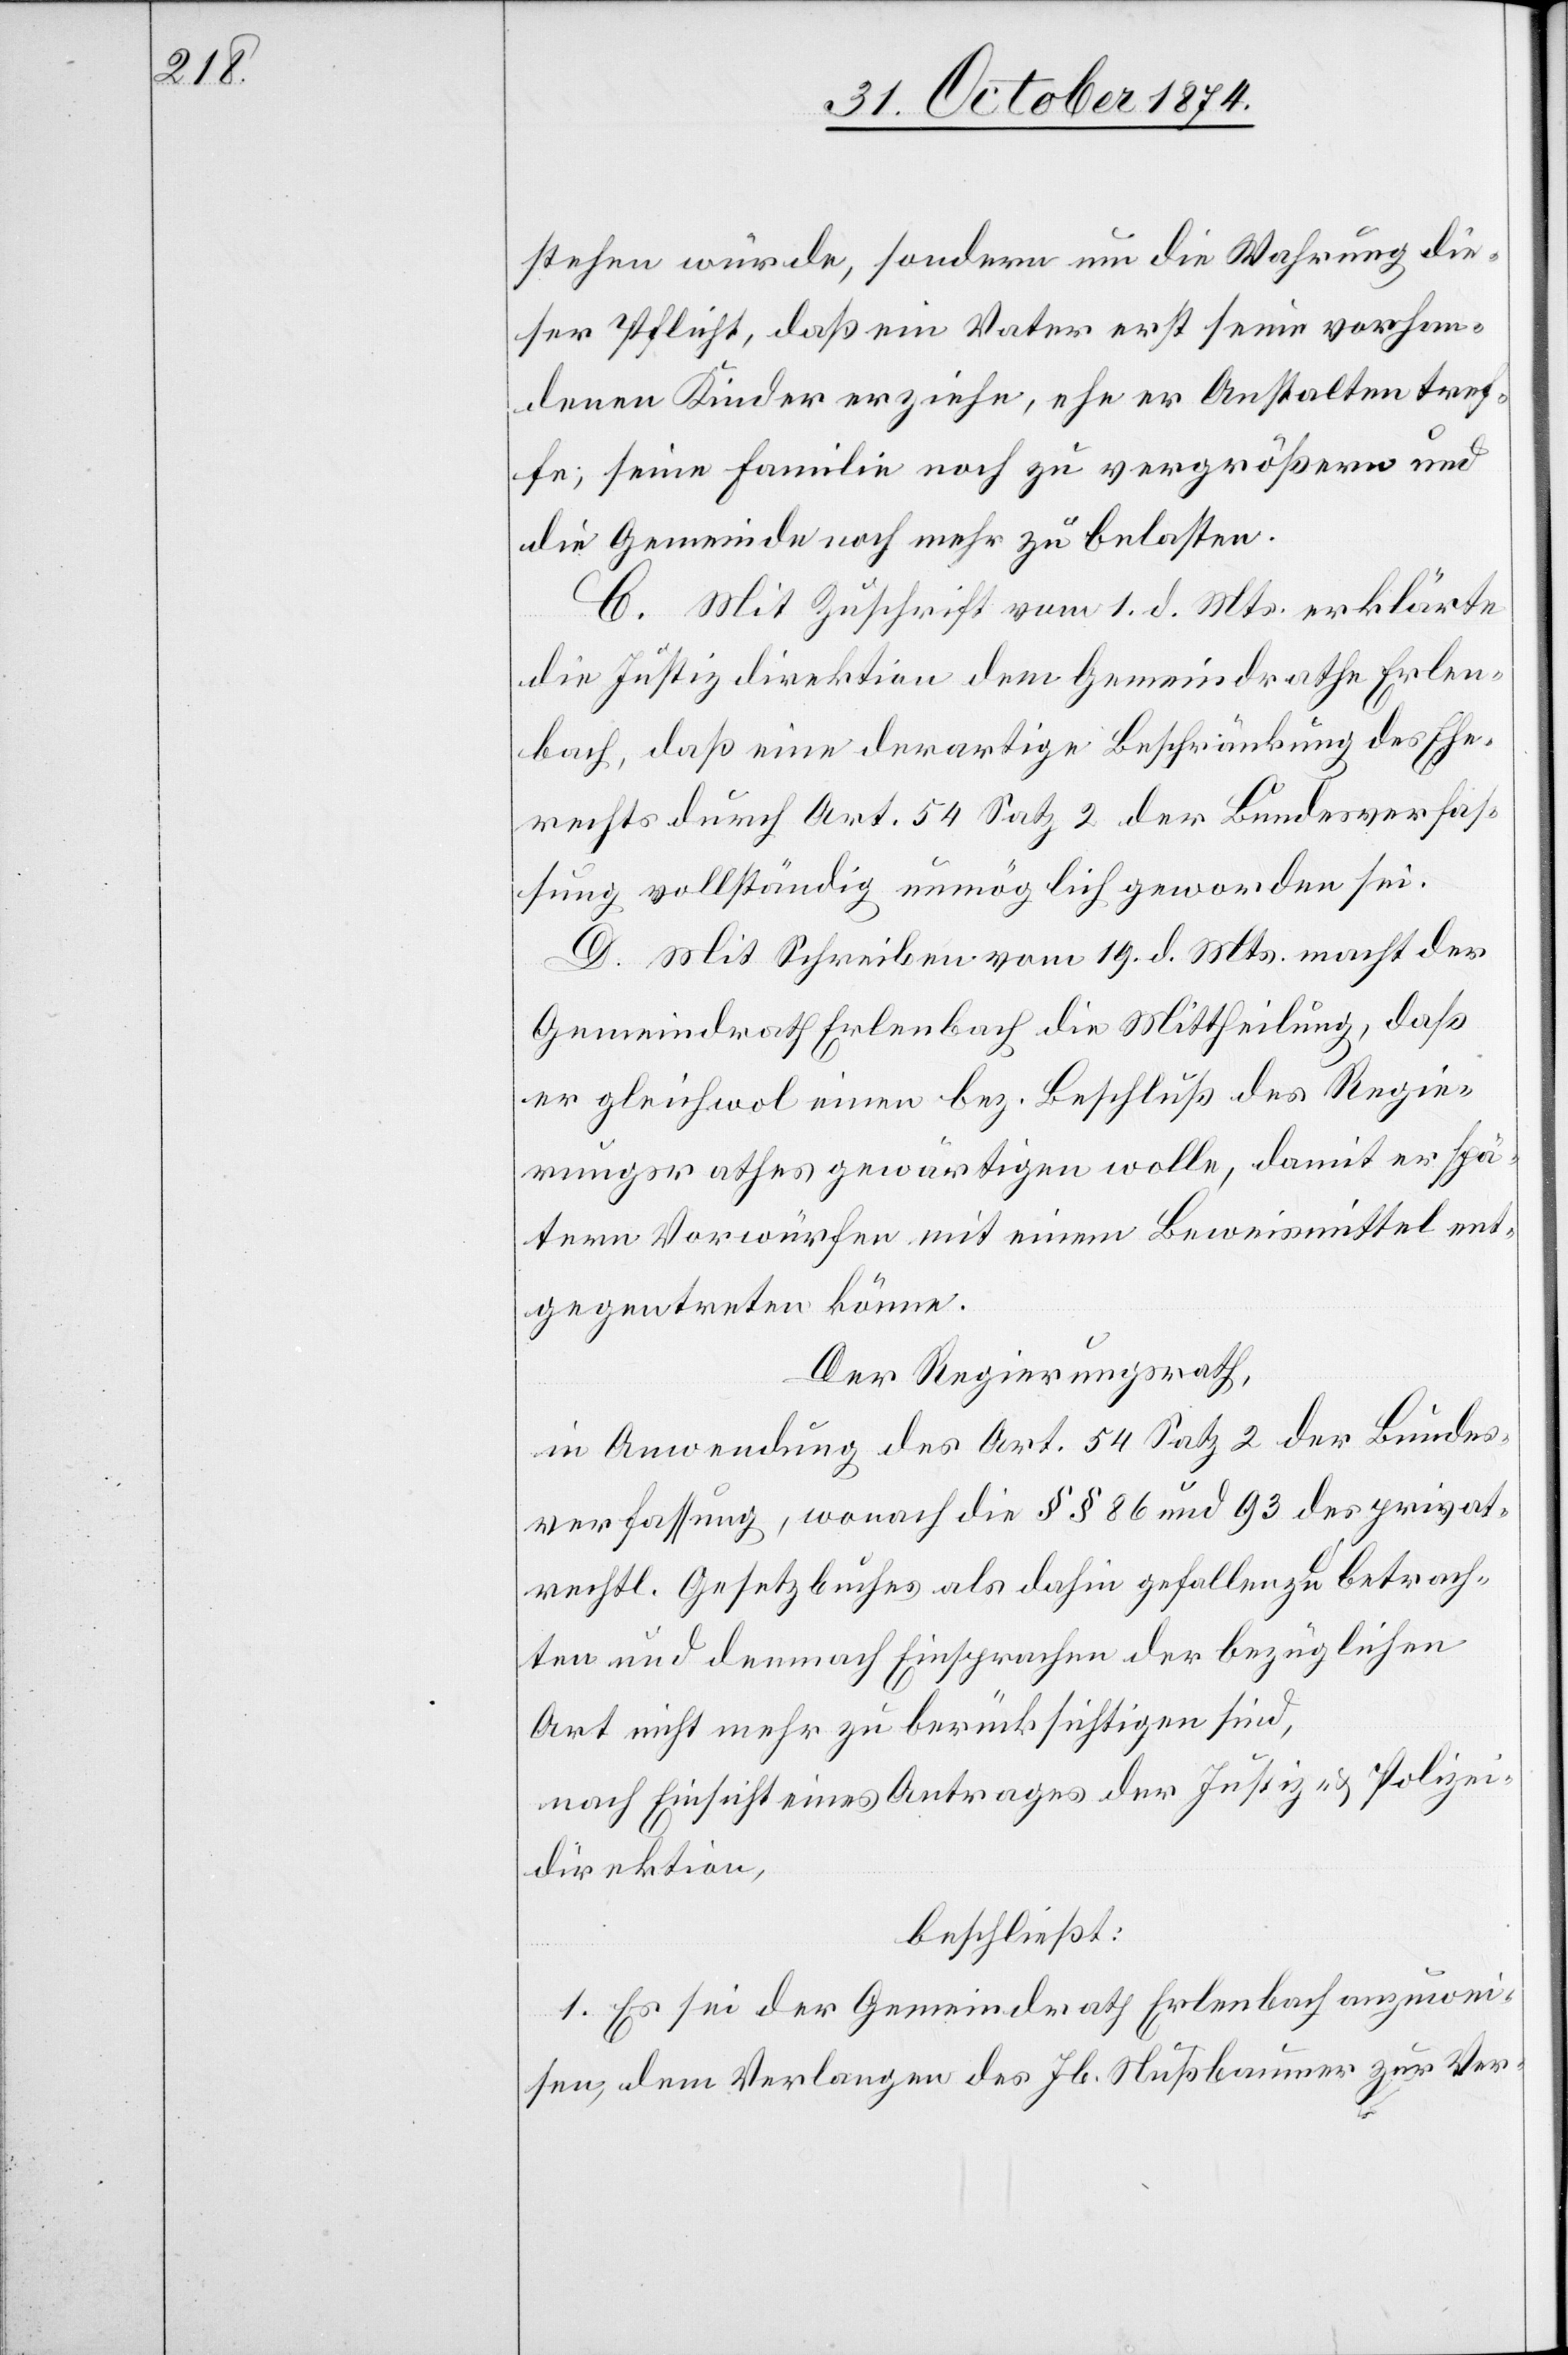
stehen würde, sondern um die Wahrung die¬
ser Pflicht, daß ein Vater erst seine vorhan¬
denen Kinder erziehe, ehe er Anstalten tref¬
fe, seine Familie noch zu vergrößern und
die Gemeinde noch mehr zu belasten.
C. Mit Zuschrift vom 1. d. Mts. erklärte
die Justizdirektion dem Gemeindrathe Erlen¬
bach, daß eine derartige Beschränkung des Ehe¬
rechts durch Art. 54 Satz 2 der Bundesverfas¬
sung vollständig unmöglich geworden sei.
D. Mit Schreiben vom 19. d. Mts. macht der
Gemeindrath Erlenbach die Mittheilung, daß
er gleichwol einen bez. Beschluß des Regie¬
rungsrathes gewärtigen wolle, damit er spä¬
tern Vorwürfen mit einem Beweismittel ent¬
gegentreten könne.
Der Regierungsrath,
in Anwendung des Art. 54 Satz 2 der Bundes¬
verfasung, wonach die §§ 86 und 93 des privat¬
rechtl. Gesetzbuches als dahin gefallen zu betrach¬
ten und demnach Einsprachen der bezüglichen
Art nicht mehr zu berücksichtigen sind,
nach Einsicht eines Antrages der Justiz- & Polizei¬
direktion,
beschließt:
1. Es sei der Gemeindrath Erlenbach anzuwei¬
sen, dem Verlangen des Jb. Nußbaumer zur Ver-